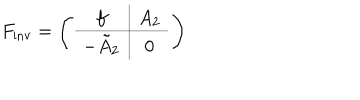
LaTeX: F _ { \textrm { i n v } } = \left( \begin{array} { c | c } { { f } } & { { A _ { 2 } } } \\ \hline { { - \tilde { A } _ { 2 } } } & { { 0 } } \\ \end{array} \right)